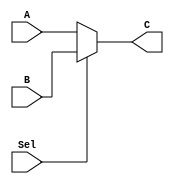
`timescale 1ns / 1ps
//////////////////////////////////////////////////////////////////////////////////
// Company: 
// Engineer: 
// 
// Design Name: 
// Module Name: mux_2_2
// Project Name: 
// Target Devices: 
// Tool Versions: 
// Description: 
// 
// Dependencies: 
// 
// Revision:
// Revision 0.01 - File Created
// Additional Comments:
// 
//////////////////////////////////////////////////////////////////////////////////


module mux_2_2(
    A, B, C, Sel
    );
    
    input [1:0] A, B;
    input Sel;
    
    output [1:0] C;
    
    assign C = Sel ? B : A;
    
endmodule